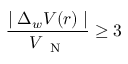
\frac { \mid \Delta _ { w } V ( r ) \mid } { V _ { \mathrm { ~ \scriptsize ~ N ~ } } } \ge 3 \